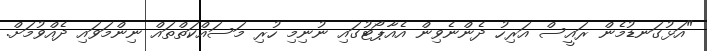
"އަޅުގަނޑުމެން ރައީސް އަރިހު ދެންނެވިން އެއާޕޯޓުގައި ނުނިމި ހުރި މަސައްކަތްތައް ނިންމަވައި ދެއްވުމަށް.